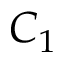
C _ { 1 }